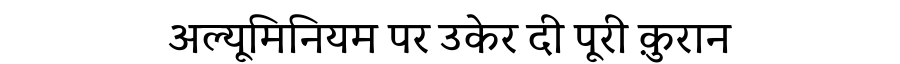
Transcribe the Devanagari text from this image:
अल्यूमिनियम पर उकेर दी पूरी क़ुरान